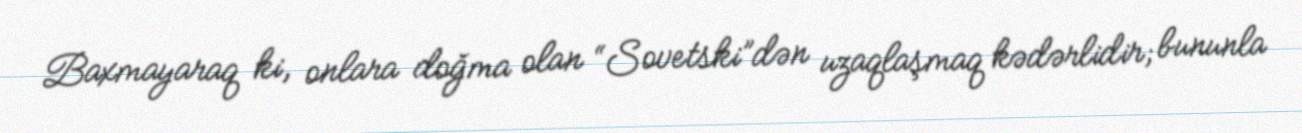
Baxmayaraq ki, onlara doğma olan “Sovetski”dən uzaqlaşmaq kədərlidir; bununla